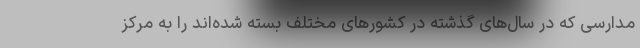
مدارسی که در سال‌های گذشته در کشورهای مختلف بسته شده‌اند را به مرکز